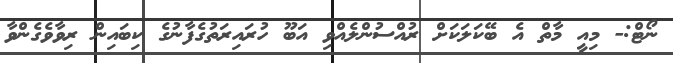
ނޯޓް:- މިއީ މާތް އެ ބޭކަލަކަށް ރުއްސުންލެއްވި އަބޫ ހުރައިރަތުގެފާނުގެ ކިބައިން ރިވާވެގެންވާ